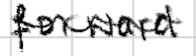
Text: forward
Cross-out: wave
Writing tool: digital_black